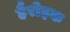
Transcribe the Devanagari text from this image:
हैरोइक